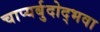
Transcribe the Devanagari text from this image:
चाप्यर्बुदोद्भवा